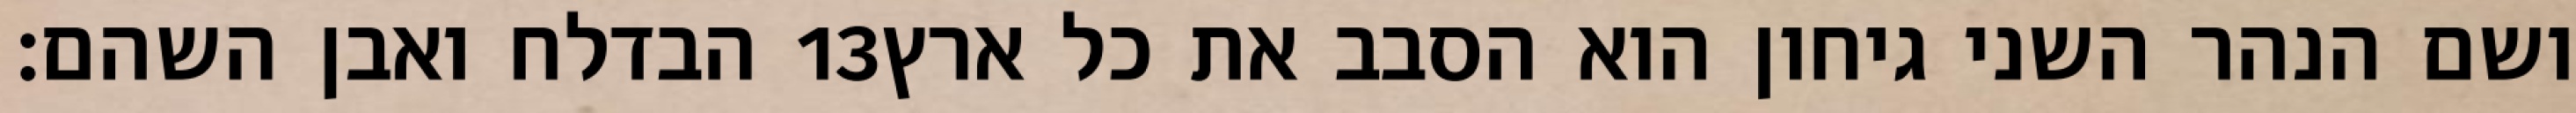
הבדלח ואבן השהם׃ ‎13‏ ושם הנהר השני גיחון הוא הסבב את כל ארץ